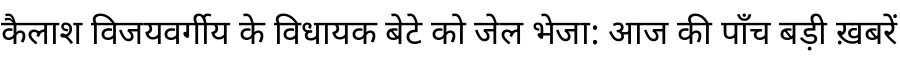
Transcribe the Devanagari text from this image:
कैलाश विजयवर्गीय के विधायक बेटे को जेल भेजा: आज की पाँच बड़ी ख़बरें